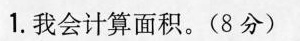
1.我会计算面积。(8分)